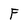
Character: F